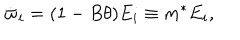
\dot { \varpi } _ { i } = ( 1 - B \theta ) E _ { i } \equiv m ^ { * } E _ { i } ,